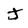
Character: J